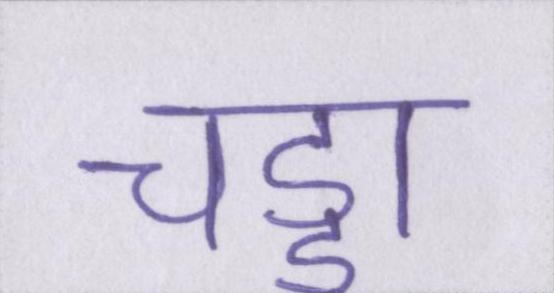
चड्डा